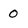
Character: 0